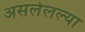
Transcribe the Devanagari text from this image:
असलेलल्या